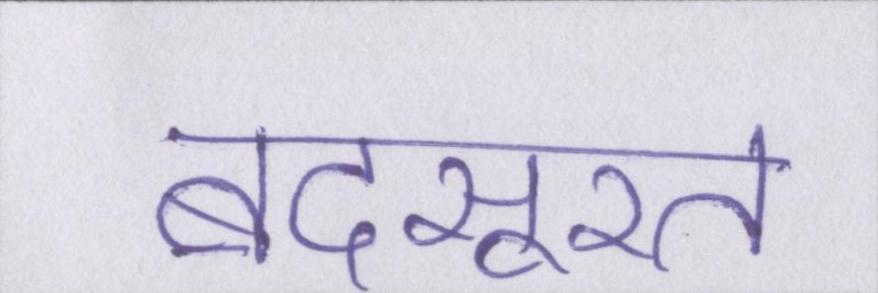
बदसूरत